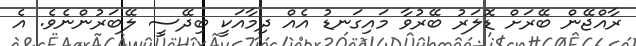
ރާއްޖޭން ބޭރަށް ޑޮލަރު ބޭރުވާ މައިގަނޑު އެއް ދިމާއަކީ ބިދޭސީ ލޭބަރުންނެވެ. އެ